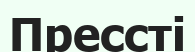
Прессті